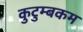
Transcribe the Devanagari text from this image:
कुटुम्‍बकम